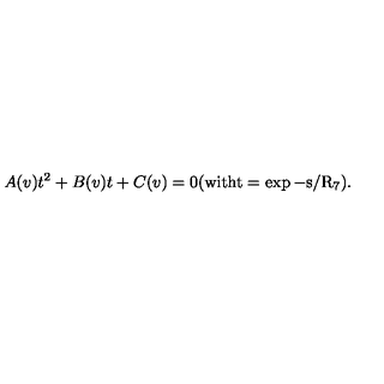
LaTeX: A ( v ) t ^ { 2 } + B ( v ) t + C ( v ) = 0 ( \mathrm { w i t h t = \exp - s / R _ 7 } ) .